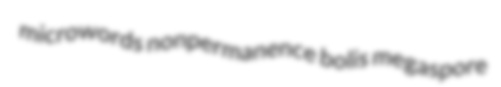
microwords nonpermanence bolis megaspore